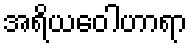
အရိယဝေါဟာရာ